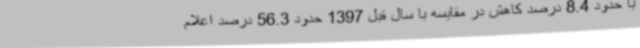
با حدود 8.4 درصد کاهش در مقایسه با سال قبل 1397 حدود 56.3 درصد اعلام